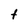
Character: t